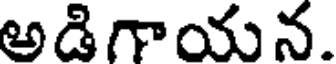
అడిగాయన.